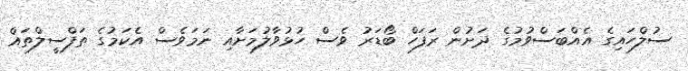
ސުލްހައިގެ އެއްބަސްވުމުގެ ދަށުން ރަފަހް ބޯޑަރު ވެސް ހުޅުވާލުމަށާއި ނަމަވެސް އެކަމުގެ ތަފްސީލްތައް